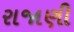
રાજાણી